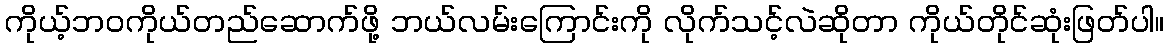
ကိုယ့်ဘဝကိုယ်တည်ဆောက်ဖို့ ဘယ်လမ်းကြောင်းကို လိုက်သင့်လဲဆိုတာ ကိုယ်တိုင်ဆုံးဖြတ်ပါ။